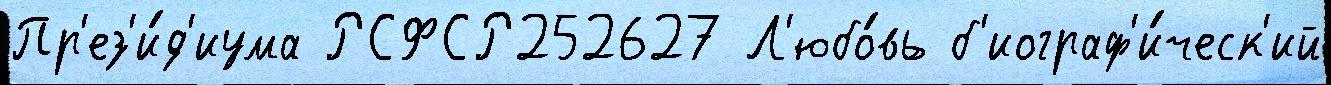
Пр'ез'и́д'иума РСФСР252627 Л'юбо́вь б'иограф'и́ческ'ий